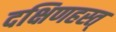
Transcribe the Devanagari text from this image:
दक्षिणहस्त्